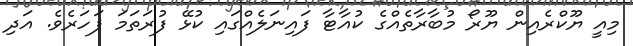
މިއީ ޔޫކްރެއިން ޔޫރޯ މުބާރާތެއްގެ ކުއާޓާ ފައިނަލެއްގައި ކުޅޭ ފުރަތަމަ ފަހަރެވެ. އަދި